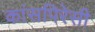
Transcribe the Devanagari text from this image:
कांसपिरेसी